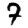
Digit: 7